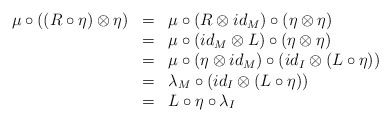
\begin{align*}\begin{array}{lll}\mu\circ ((R\circ\eta)\otimes\eta)&=&\mu\circ (R\otimes id_M)\circ (\eta\otimes\eta)\\&=&\mu\circ (id_M\otimes L)\circ(\eta\otimes \eta)\\&=&\mu\circ (\eta\otimes id_M)\circ (id_I\otimes (L\circ\eta))\\&=&\lambda_M\circ (id_I\otimes (L\circ \eta))\\&=&L\circ\eta\circ \lambda_I\end{array}\end{align*}